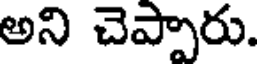
అని చెప్పారు.